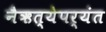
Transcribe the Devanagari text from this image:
नैऋत्येपर्यंत